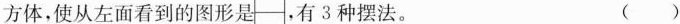
方体，使从左面看到的图形是──，有3种摆法。 ( )